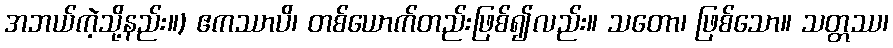
အဘယ်ကဲ့သို့နည်း။) ဧကဿာပိ၊ တစ်ယောက်တည်းဖြစ်၍လည်း။ သတော၊ ဖြစ်သော။ သတ္တဿ၊